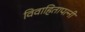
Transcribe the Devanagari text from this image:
विवाहितापत्नी